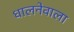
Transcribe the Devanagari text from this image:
धालनेवाला